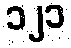
၁၂၁